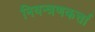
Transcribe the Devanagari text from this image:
नियन्त्रणकर्त्ता